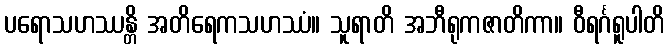
ပရောသဟဿန္တိ အတိရေကသဟဿံ။ သူရာတိ အဘီရုကဇာတိကာ။ ဝီရင်္ဂရူပါတိ